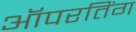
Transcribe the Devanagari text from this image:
ऑपरतिंग